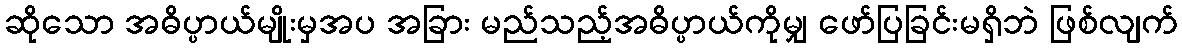
ဆိုသော အဓိပ္ပာယ်မျိုးမှအပ အခြား မည်သည့်အဓိပ္ပာယ်ကိုမျှ ဖော်ပြခြင်းမရှိဘဲ ဖြစ်လျက်